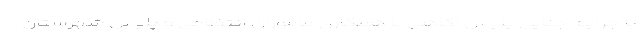
با جرایم جنایی پلیس آگاهی با همکاری ماموران انتظامی و پلیس شهرستان